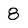
Character: 8